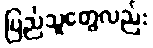
ပြည်သူတွေလည်း